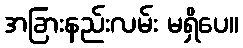
အခြားနည်းလမ်း မရှိပေ။